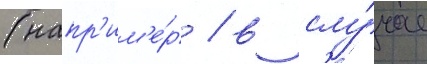
(напр'им'е́р / в слу́чае